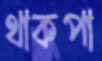
থাকপা